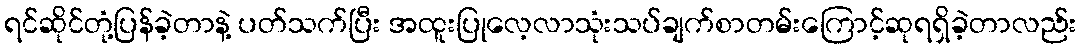
ရင်ဆိုင်တုံ့ပြန်ခဲ့တာနဲ့ ပတ်သက်ပြီး အထူးပြုလေ့လာသုံးသပ်ချက်စာတမ်းကြောင့်ဆုရရှိခဲ့တာလည်း